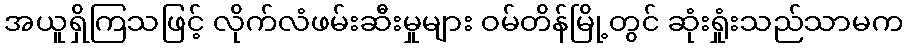
အယူရှိကြသဖြင့် လိုက်လံဖမ်းဆီးမှုများ ဝမ်တိန်မြို့တွင် ဆုံးရှုံးသည်သာမက